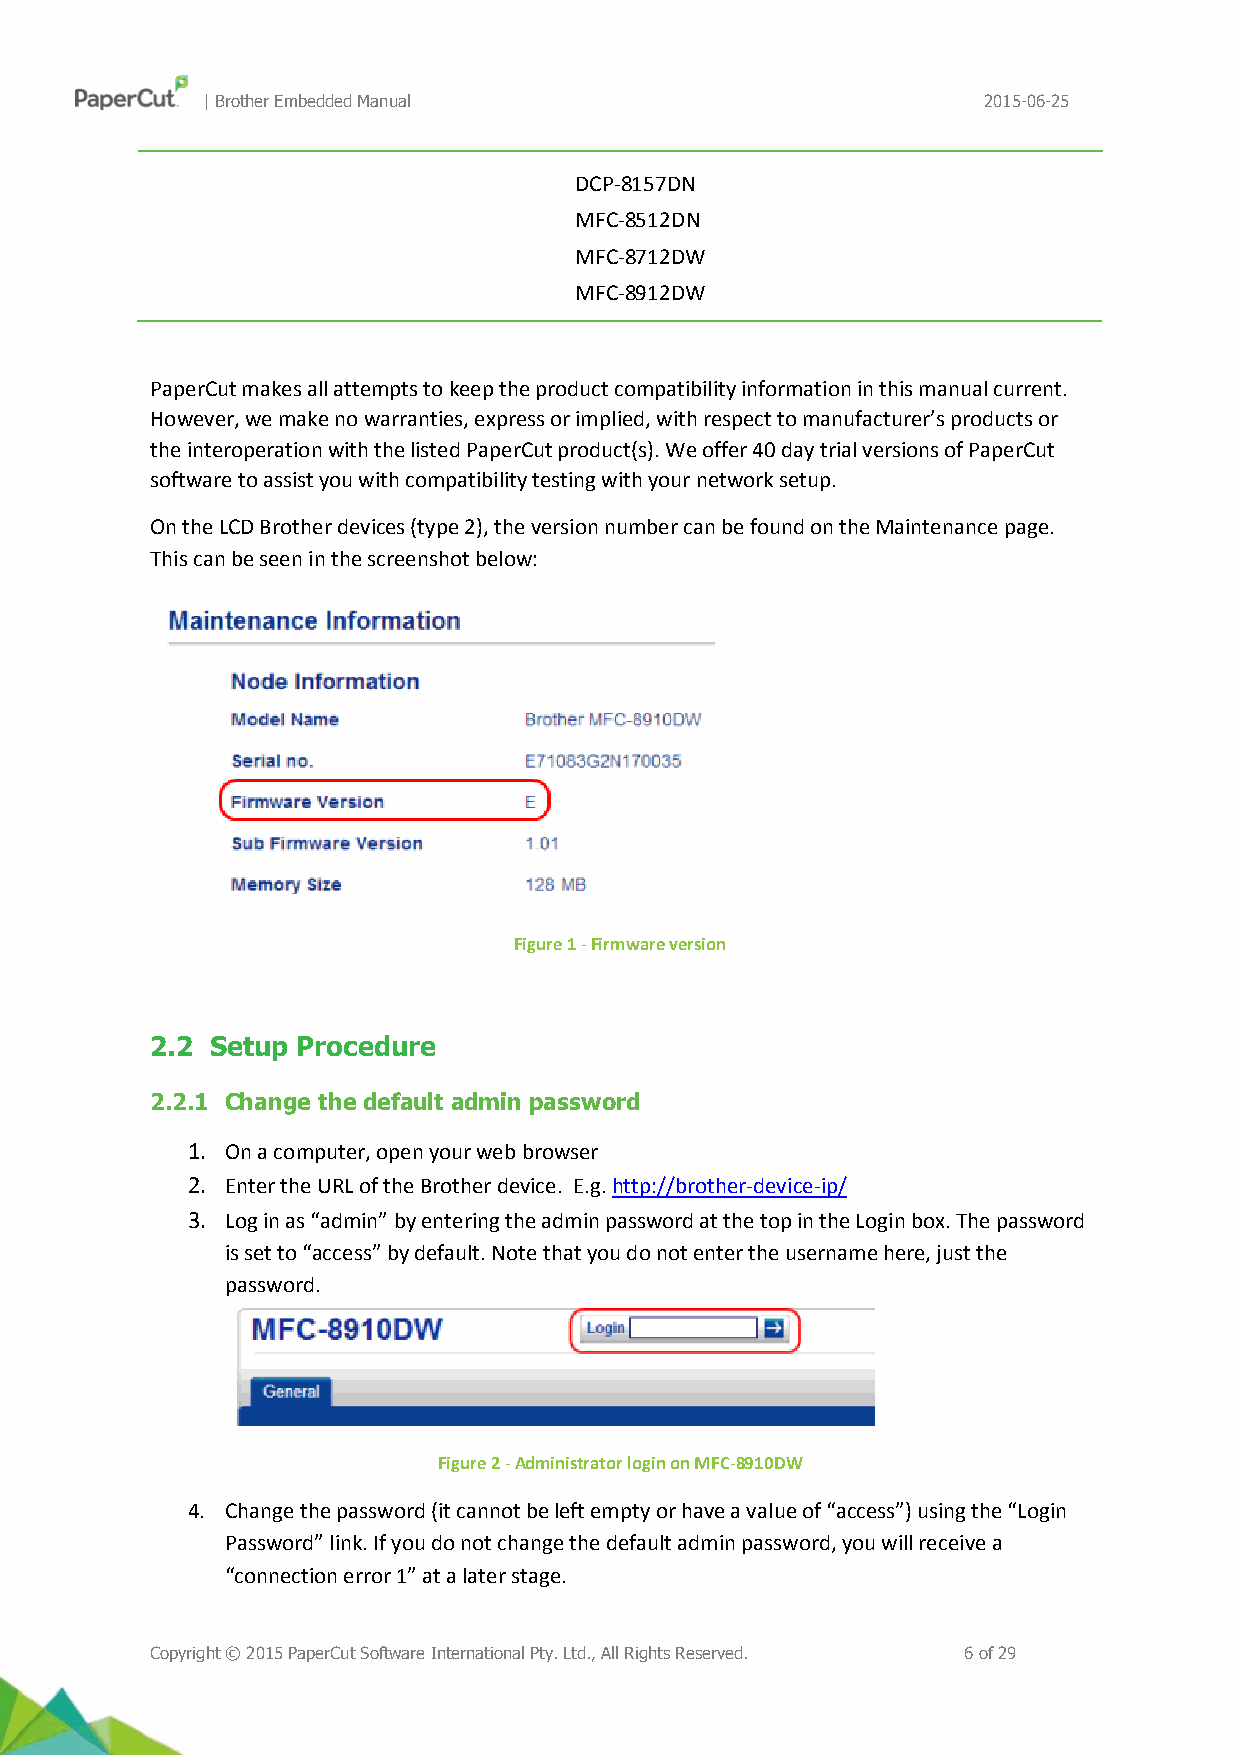
| Brother Embedded Manual                           2015-06-25
 DCP-8157DN
 MFC-8512DN
 MFC-8712DW
 MFC-8912DW
 PaperCut makes all attempts to keep the product compatibility information in this manual current.
 However, we make no warranties, express or implied, with respect to manufacturer’s products or
 the interoperation with the listed PaperCut product(s). We offer 40 day trial versions of PaperCut
 software to assist you with compatibility testing with your network setup.
 On the LCD Brother devices (type 2), the version number can be found on the Maintenance page.
 This can be seen in the screenshot below:
 Figure 1 - Firmware version
 2.2 Setup Procedure
 2.2.1 Change the default admin password
 1. On a computer, open your web browser
 2. Enter the URL of the Brother device. E.g. http://brother-device-ip/
 3. Log in as “admin” by entering the admin password at the top in the Login box. The password
 is set to “access” by default. Note that you do not enter the username here, just the
 password.
 Figure 2 - Administrator login on MFC-8910DW
 4. Change the password (it cannot be left empty or have a value of “access”) using the “Login
 Password” link. If you do not change the default admin password, you will receive a
 “connection error 1” at a later stage.
 Copyright © 2015 PaperCut Software International Pty. Ltd., All Rights Reserved. 6 of 29